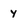
Character: y